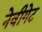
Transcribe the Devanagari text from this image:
नेवीगेट